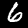
Label: 6